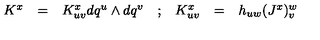
\begin{array} { c c c c c c c } { K ^ { x } } & { = } & { K _ { u v } ^ { x } d q ^ { u } \wedge d q ^ { v } } & { ; } & { K _ { u v } ^ { x } } & { = } & { h _ { u w } ( J ^ { x } ) _ { v } ^ { w } } \\ \end{array}